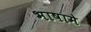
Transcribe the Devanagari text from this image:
भाषामे